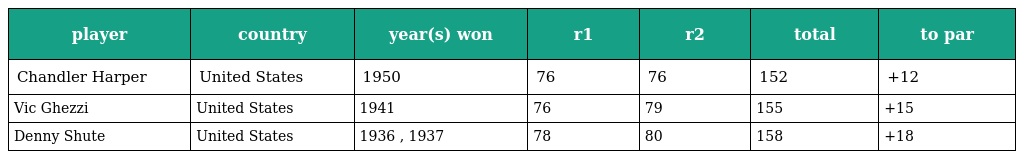
| player | country | year(s) won | r1 | r2 | total | to par |
 | --- | --- | --- | --- | --- | --- | --- |
 | Chandler Harper | United States | 1950 | 76 | 76 | 152 | +12 |
 | Vic Ghezzi | United States | 1941 | 76 | 79 | 155 | +15 |
 | Denny Shute | United States | 1936 , 1937 | 78 | 80 | 158 | +18 |